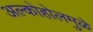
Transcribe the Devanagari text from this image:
अल्कोहोलमुळे